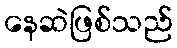
နေဆဲဖြစ်သည်